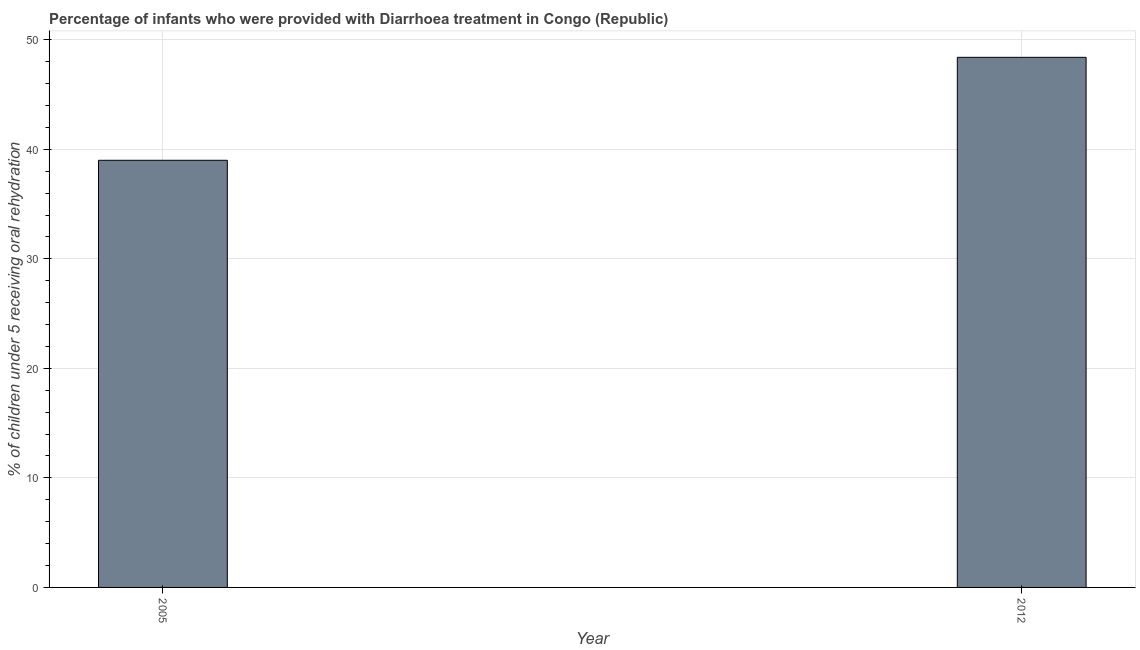
| Year | Diarrhea treatment |
 | --- | --- |
 | 2005 | 39 |
 | 2012 | 48.4 |